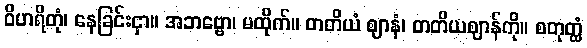
ဝိဟရိတုံ၊ နေခြင်းငှာ။ အဘဗ္ဗော၊ မထိုက်။ တတိယံ ဈာနံ၊ တတိယဈာန်ကို။ စတုတ္ထံ